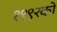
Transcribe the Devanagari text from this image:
१९९२को